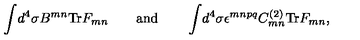
\int \! d ^ { 4 } \sigma B ^ { m n } \mathrm { T r } F _ { m n } \quad \quad \mathrm { a n d } \quad \quad \int \! d ^ { 4 } \sigma \epsilon ^ { m n p q } C _ { m n } ^ { ( 2 ) } \mathrm { T r } F _ { m n } ,